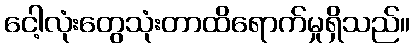
ငေါ့လုံးတွေသုံးတာထိရောက်မှုရှိသည်။